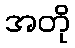
အတို